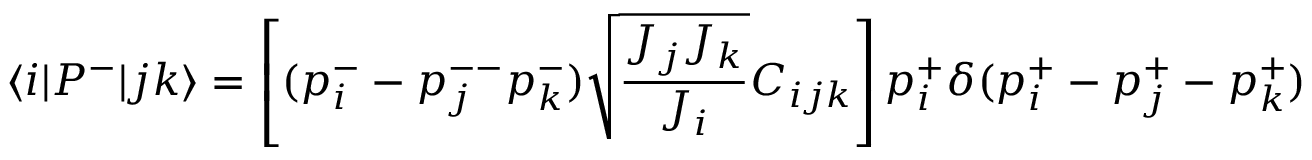
\langle i | P ^ { - } | j k \rangle = \left[ ( p _ { i } ^ { - } - p _ { j } ^ { -- } p _ { k } ^ { - } ) \sqrt { \frac { J _ { j } J _ { k } } { J _ { i } } } C _ { i j k } \right] p _ { i } ^ { + } \delta ( p _ { i } ^ { + } - p _ { j } ^ { + } - p _ { k } ^ { + } )